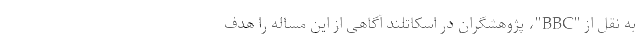
به نقل از "BBC"، پژوهشگران در اسکاتلند آگاهی از این مساله را هدف